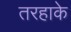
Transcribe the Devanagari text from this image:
तरहाके